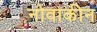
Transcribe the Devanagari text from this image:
नोवाकीन